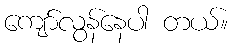
ကျော်လွန်နေပါ တယ်။